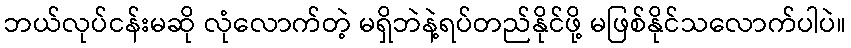
ဘယ်လုပ်ငန်းမဆို လုံလောက်တဲ့ မရှိဘဲနဲ့ရပ်တည်နိုင်ဖို့ မဖြစ်နိုင်သလောက်ပါပဲ။